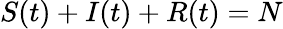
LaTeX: S(t)+I(t)+R(t)=N